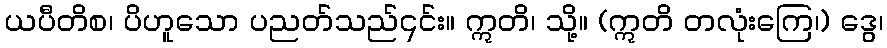
ယပီတိစ၊ ပိဟူသော ပညတ်သည်၎င်း။ ဣတိ၊ သို့။ (ဣတိ တလုံးကြေ၊) ဒွေ၊